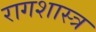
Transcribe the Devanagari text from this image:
रागशास्त्र